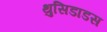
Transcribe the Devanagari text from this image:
थुसिडाडस